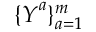
\{ \boldsymbol { Y } ^ { a } \} _ { a = 1 } ^ { m }